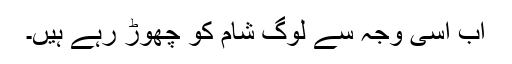
اب اسی وجہ سے لوگ شام کو چھوڑ رہے ہیں۔